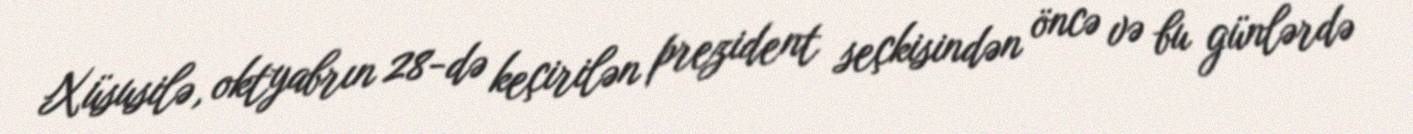
Xüsusilə, oktyabrın 28-də keçirilən prezident seçkisindən öncə və bu günlərdə